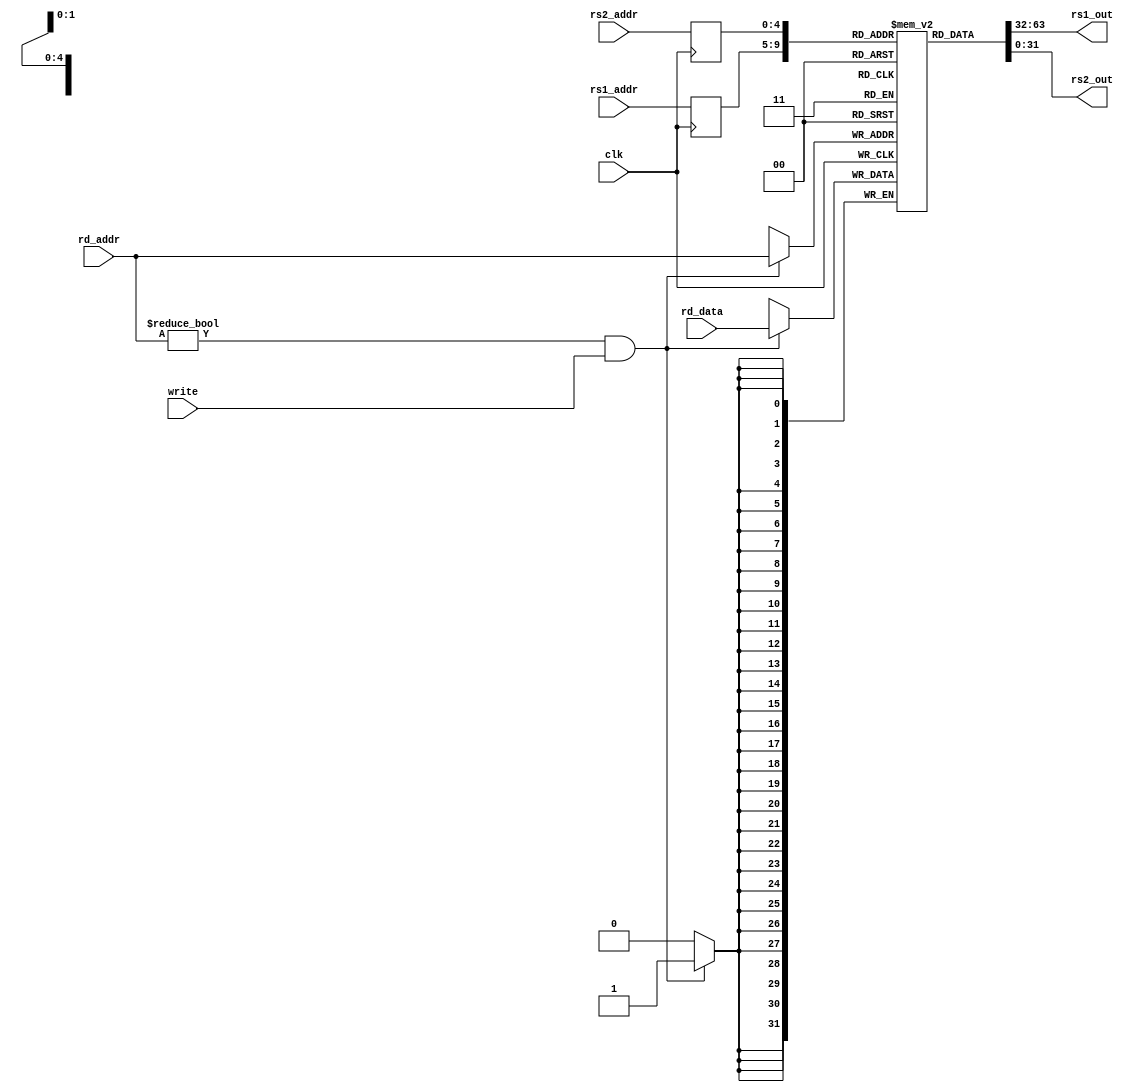
module RegisterFile(rs1_addr, rs2_addr, rs1_out, rs2_out, rd_addr, rd_data, write, clk);
        input [4:0] rs1_addr, rs2_addr, rd_addr;
        input [31:0]rd_data;
        input write;
        input clk;
        output wire [31:0] rs1_out, rs2_out;

        reg [31:0] registers [31:0];

        reg [04:0] rs1_address_internal;
        reg [04:0] rs2_address_internal;

        assign rs1_out = registers[rs1_address_internal];
        assign rs2_out = registers[rs2_address_internal];

        integer i;
        initial begin
                $dumpfile("cpu_test.vcd");
                for (i = 0; i < 32; i = i + 1) begin
                        registers[i] <= 32'b0; 
                        $dumpvars(0, registers[i]);
                end
        end

        always @ (posedge clk) begin
                if (rd_addr != 5'b0 && write) begin
                        registers[rd_addr] <= rd_data;
                end
        end

        always @ (posedge clk) begin
                //rs1_out <= registers[rs1_addr];
                //rs2_out <= registers[rs2_addr];
                
                rs1_address_internal <= rs1_addr;
                rs2_address_internal <= rs2_addr;
        end
endmodule